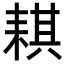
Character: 𦓿